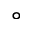
^ \circ